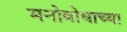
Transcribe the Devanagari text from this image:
मनोबोधाच्या